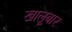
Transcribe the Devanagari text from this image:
खालूबार